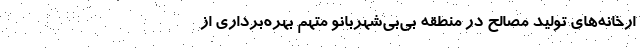
ارخانه‌های تولید مصالح در منطقه بی‌بی‌شهربانو متهم بهره‌برداری از